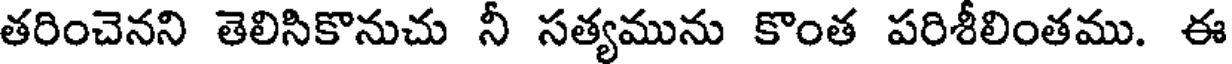
తరించెనని తెలిసికొనుచు నీ సత్యమును కొంత పరిశీలింతము. ఈ